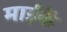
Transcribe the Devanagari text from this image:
माईकें